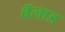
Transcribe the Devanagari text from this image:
बॅलाड